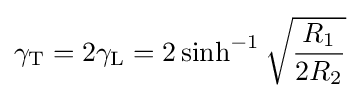
\gamma _{\mathrm {T} }=2\gamma _{\mathrm {L} }=2\sinh ^{-1}{\sqrt {\frac {R_{1}}{2R_{2}}}}